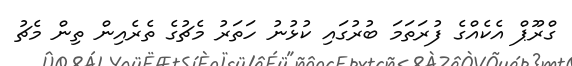
ގްރޫޕް އެކެއްގެ ފުރަތަމަ ބުރުގައި ކުޅުނު ހަތަރު މެޗުގެ ތެރެއިން ތިން މެޗު